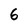
Character: 6